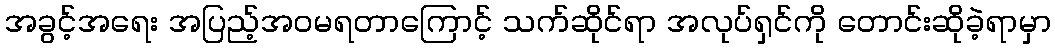
အခွင့်အရေး အပြည့်အဝမရတာကြောင့် သက်ဆိုင်ရာ အလုပ်ရှင်ကို တောင်းဆိုခဲ့ရာမှာ